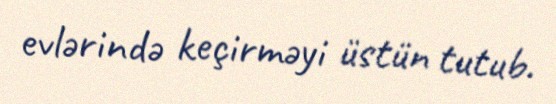
evlərində keçirməyi üstün tutub.